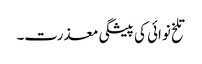
تلخ نوائی کی پیشگی معذرت۔